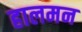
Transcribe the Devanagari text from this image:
हालमन